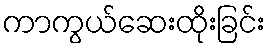
ကာကွယ်ဆေးထိုးခြင်း